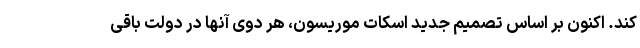
کند. اکنون بر اساس تصمیم جدید اسکات موریسون، هر دوی آنها در دولت باقی